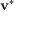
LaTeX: \mathbf { v } ^ { * }